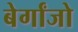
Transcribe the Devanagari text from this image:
बेर्गांजो